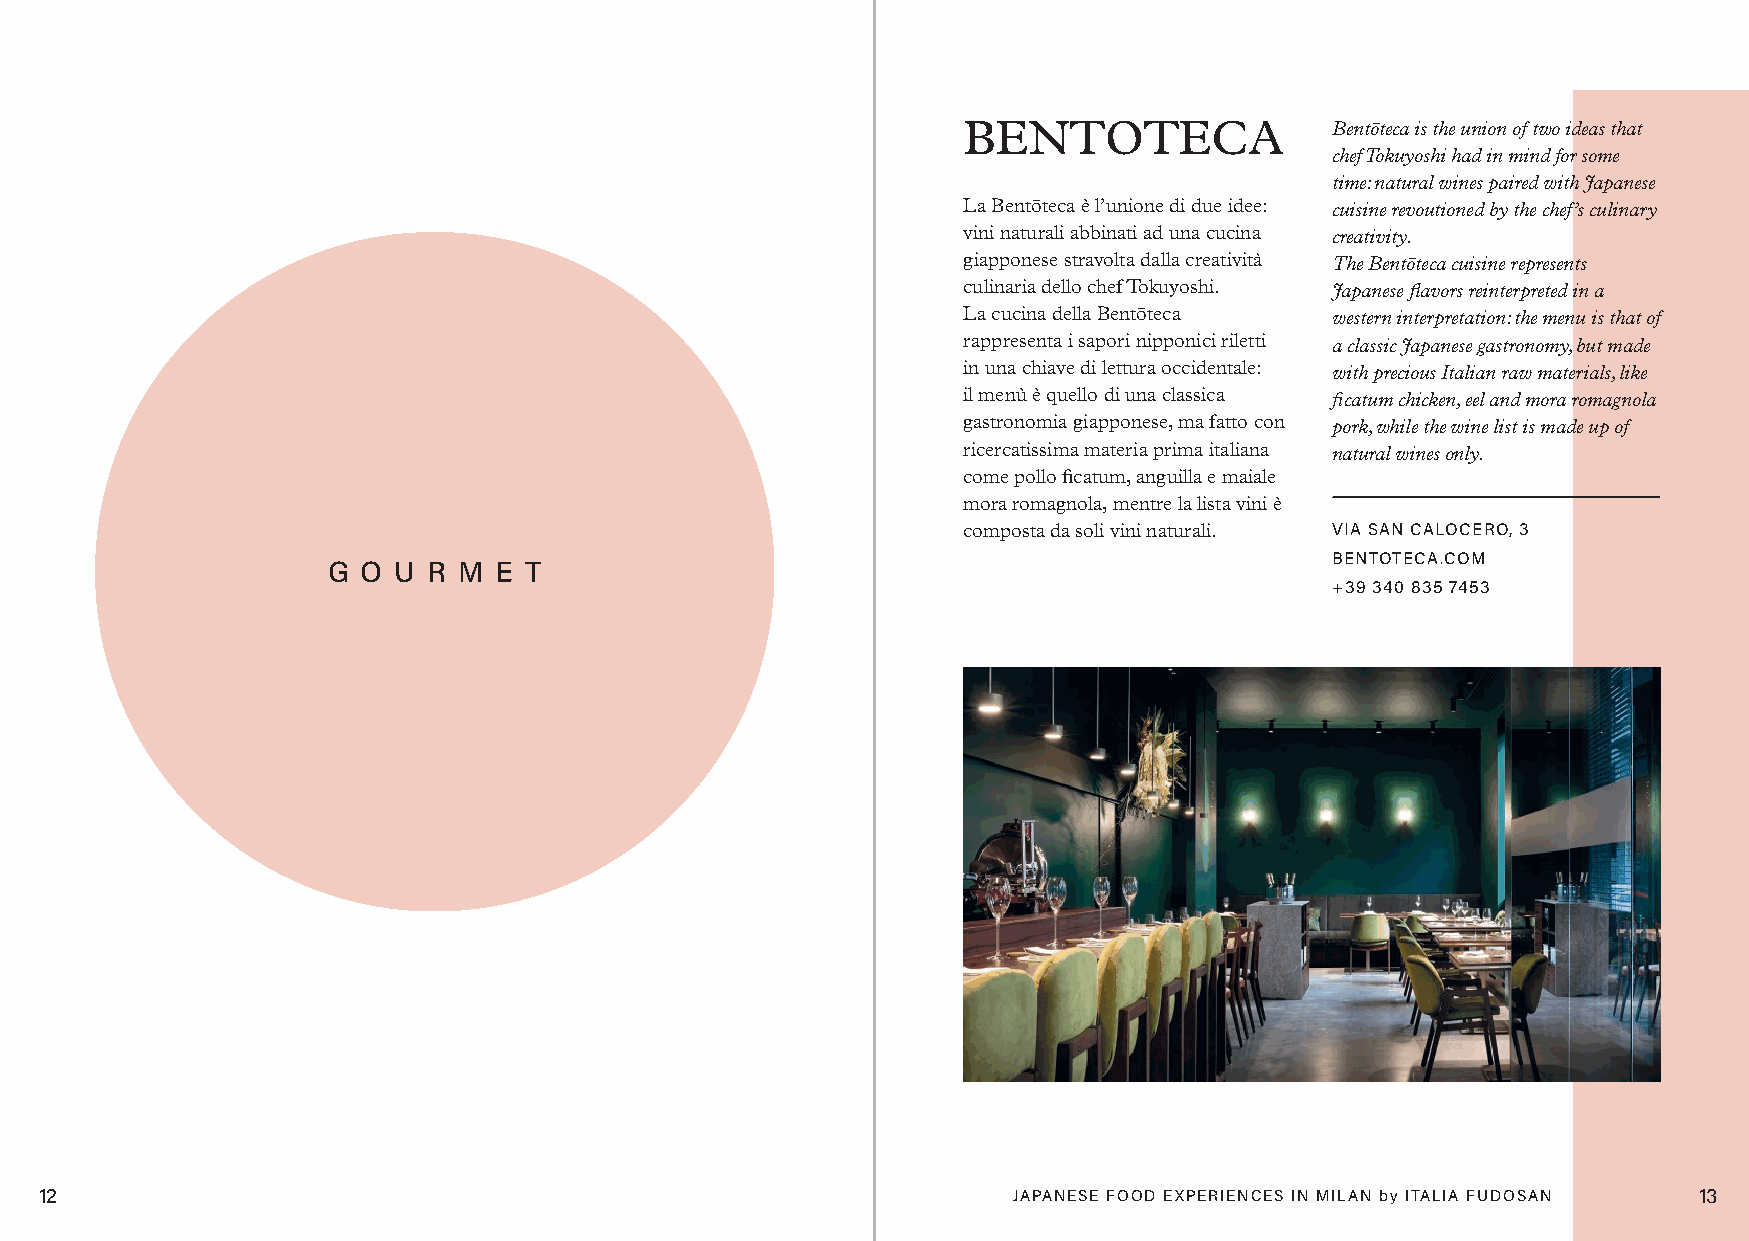
BENTOTECA               Bentōteca is the union of two ideas that
 chef Tokuyoshi had in mind for some
 time: natural wines paired with Japanese
 La Bentōteca è l’unione di due idee: cuisine revoutioned by the chef’s culinary
 vini naturali abbinati ad una cucina creativity.
 giapponese stravolta dalla creatività The Bentōteca cuisine represents
 culinaria dello chef Tokuyoshi. Japanese flavors reinterpreted in a
 La cucina della Bentōteca western interpretation: the menu is that of
 rappresenta i sapori nipponici riletti a classic Japanese gastronomy, but made
 in una chiave di lettura occidentale: with precious Italian raw materials, like
 il menù è quello di una classica ficatum chicken, eel and mora romagnola
 gastronomia giapponese, ma fatto con pork, while the wine list is made up of
 ricercatissima materia prima italiana natural wines only.
 come pollo ficatum, anguilla e maiale
 mora romagnola, mentre la lista vini è
 composta da soli vini naturali. VIA SAN CALOCERO, 3
 BENTOTECA.COM
 G O U R M  E T
 +39 340 835 7453
 12                                                              JAPANESE FOOD EXPERIENCES IN MILAN by ITALIA FUDOSAN 13